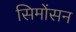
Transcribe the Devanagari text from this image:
सिमोंसन